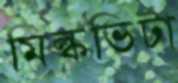
মিল্কভিটা